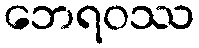
ဘေရဝဿ